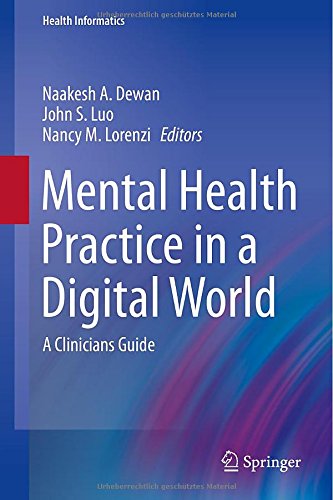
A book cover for Mental Health Practice in a Digital World: A Clinicians Guide (Health Informatics); Science & Math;